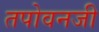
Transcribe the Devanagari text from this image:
तपोवनजी